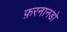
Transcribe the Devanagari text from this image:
फ़रनानडो